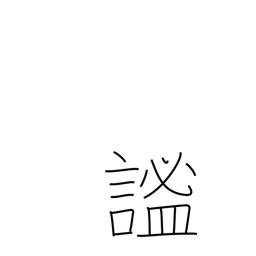
Meaning: quiet